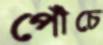
পোঁচে